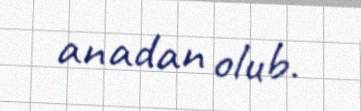
anadan olub.